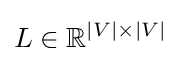
L\in \mathbb {R} ^{|V|\times |V|}